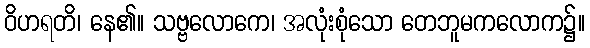
ဝိဟရတိ၊ နေ၏။ သဗ္ဗလောကေ၊ အလုံးစုံသော တေဘူမကလောက၌။